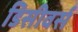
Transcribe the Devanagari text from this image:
डिसीवर्स